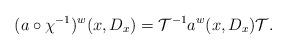
LaTeX: \begin{align*}(a \circ \chi^{-1})^w(x,D_x)=\mathcal{T}^{-1}a^w(x,D_x) \mathcal{T}.\end{align*}